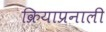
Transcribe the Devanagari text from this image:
क्रियाप्रनाली